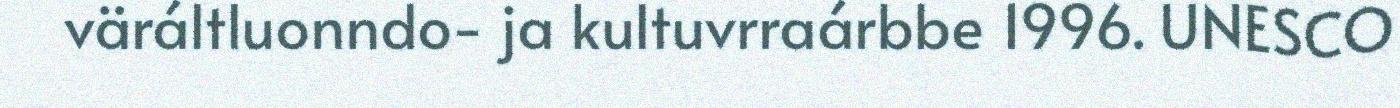
väráltluonndo- ja kultuvrraárbbe 1996. UNESCO